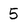
Character: 5